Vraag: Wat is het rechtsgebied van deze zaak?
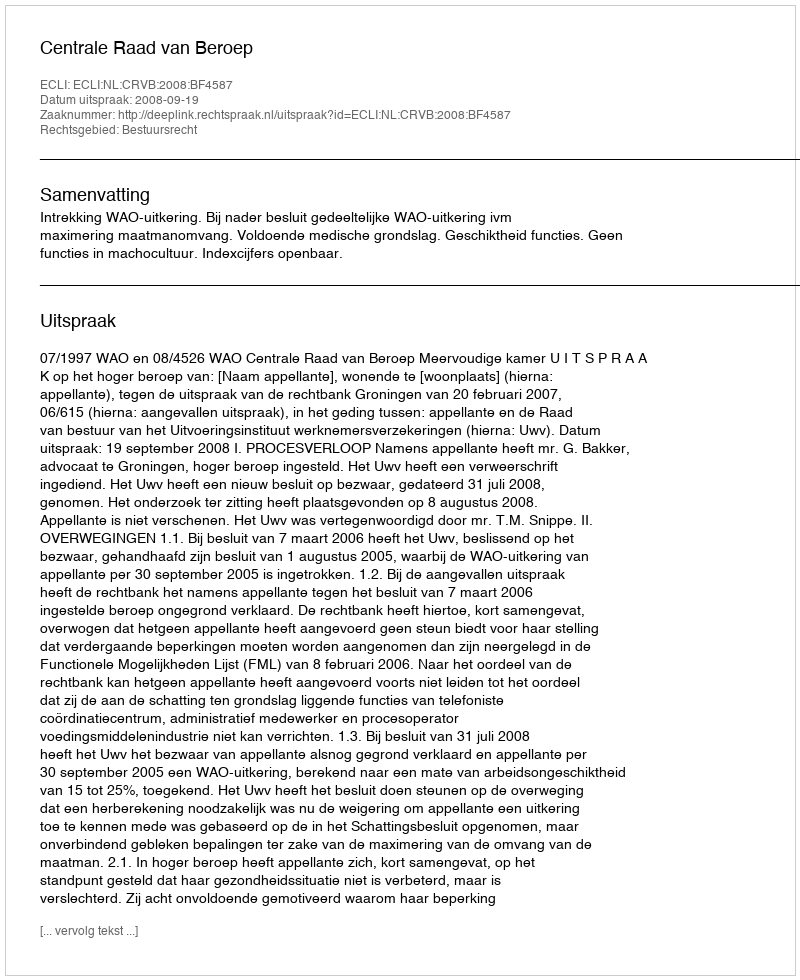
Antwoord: Bestuursrecht